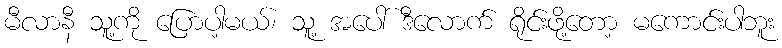
မီလာနီ သူ့ကို ပြောပါ့မယ်၊ သူ့ အပေါ် ဒီလောက် ရိုင်းဖို့တော့ မကောင်းပါဘူး